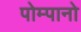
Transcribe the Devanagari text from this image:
पोम्पानो